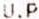
U.P